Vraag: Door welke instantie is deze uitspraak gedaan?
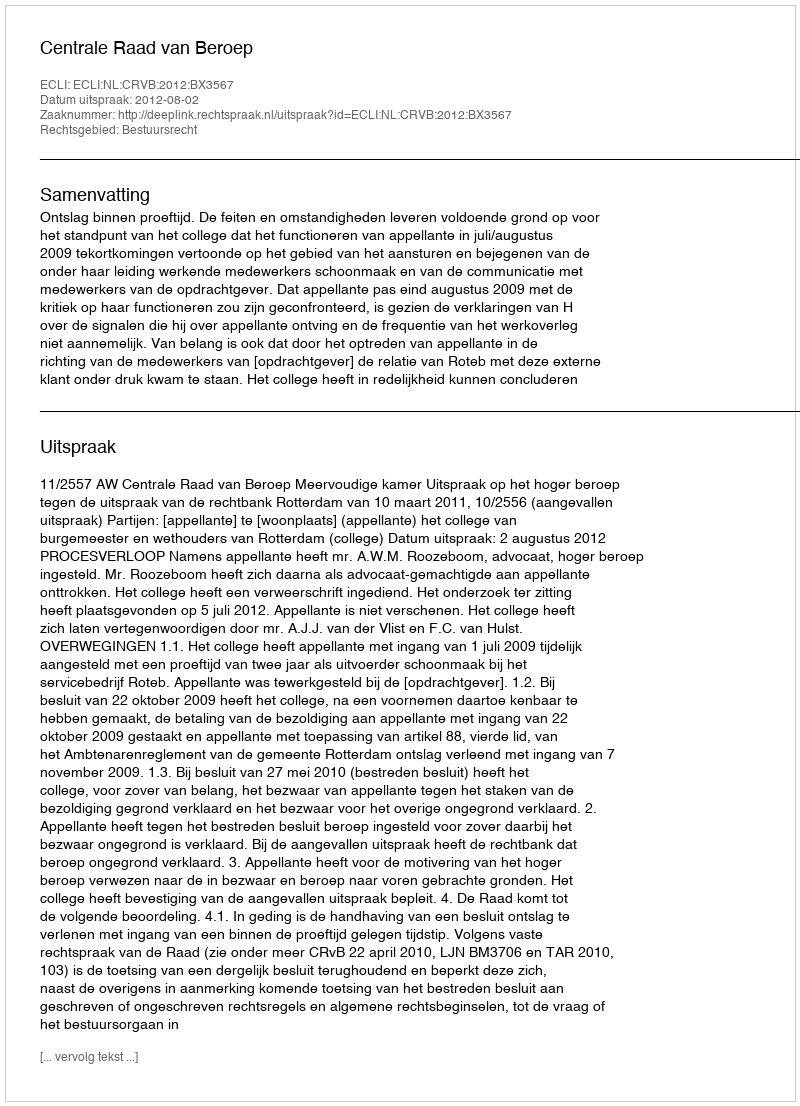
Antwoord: Centrale Raad van Beroep